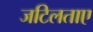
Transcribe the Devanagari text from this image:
जटिलताए